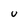
Character: u